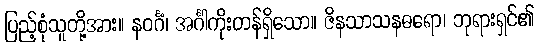
ပြည့်စုံသူတို့အား။ နဝင်္ဂံ၊ အင်္ဂါကိုးတန်ရှိသော။ ဇိနသာသနဓရော၊ ဘုရားရှင်၏